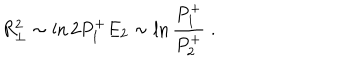
LaTeX: R _ { \perp } ^ { 2 } \sim \ln 2 P _ { 1 } ^ { + } E _ { 2 } \sim \ln { \frac { P _ { 1 } ^ { + } } { P _ { 2 } ^ { + } } } \; .